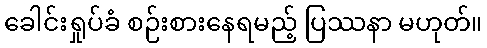
ခေါင်းရှုပ်ခံ စဉ်းစားနေရမည့် ပြဿနာ မဟုတ်။